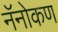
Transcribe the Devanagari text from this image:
नॅनोकण